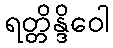
ရတ္တိန္ဒိဝေါ